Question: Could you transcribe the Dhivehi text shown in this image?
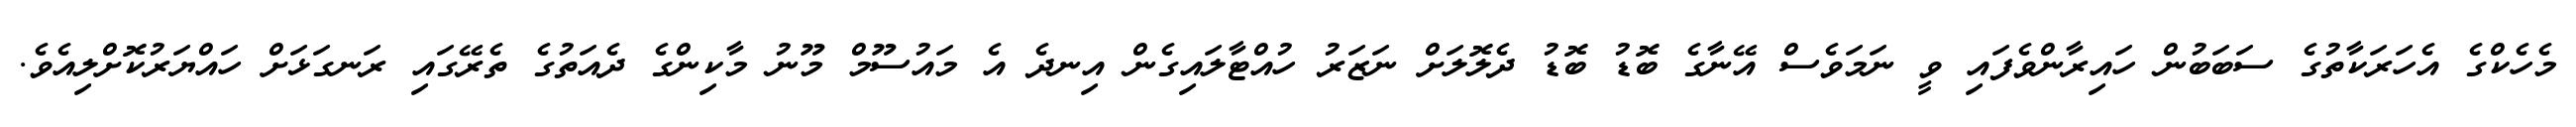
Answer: މެހެކްގެ އެހަރަކާތުގެ ސަބަބުން ހައިރާންވެފައި ވީ ނަމަވެސް އޭނާގެ ބޮޑު ބޮޑު ދެލޮލަށް ނަޒަރު ހުއްޓާލައިގެން އިނދެ އެ މައުސޫމް މޫނު މާކިންގެ ދެއަތުގެ ތެރޭގައި ރަނގަޅަށް ހައްޔަރުކޮށްލިއެވެ.